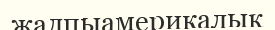
жалпыамерикалық